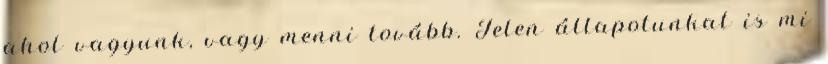
ahol vagyunk, vagy menni tovább. Jelen állapotunkat is mi